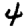
Digit: 4